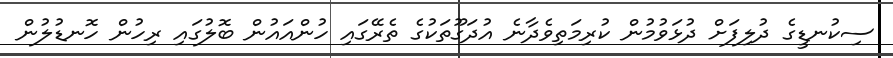
ސިކުނޑީގެ ދުލިފަށް ދުޅަވުމުން ކުރިމަތިވެދާނެ އުދަގޫތަކުގެ ތެރޭގައި ހުންއައުން ބޮލުގައި ރިހުން ހޮނޑުލުން